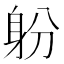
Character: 躮